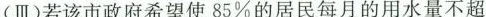
(Ⅲ)若该市政府希望使85%的居民每月的用水量不超